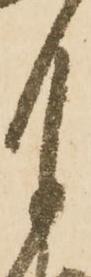
月